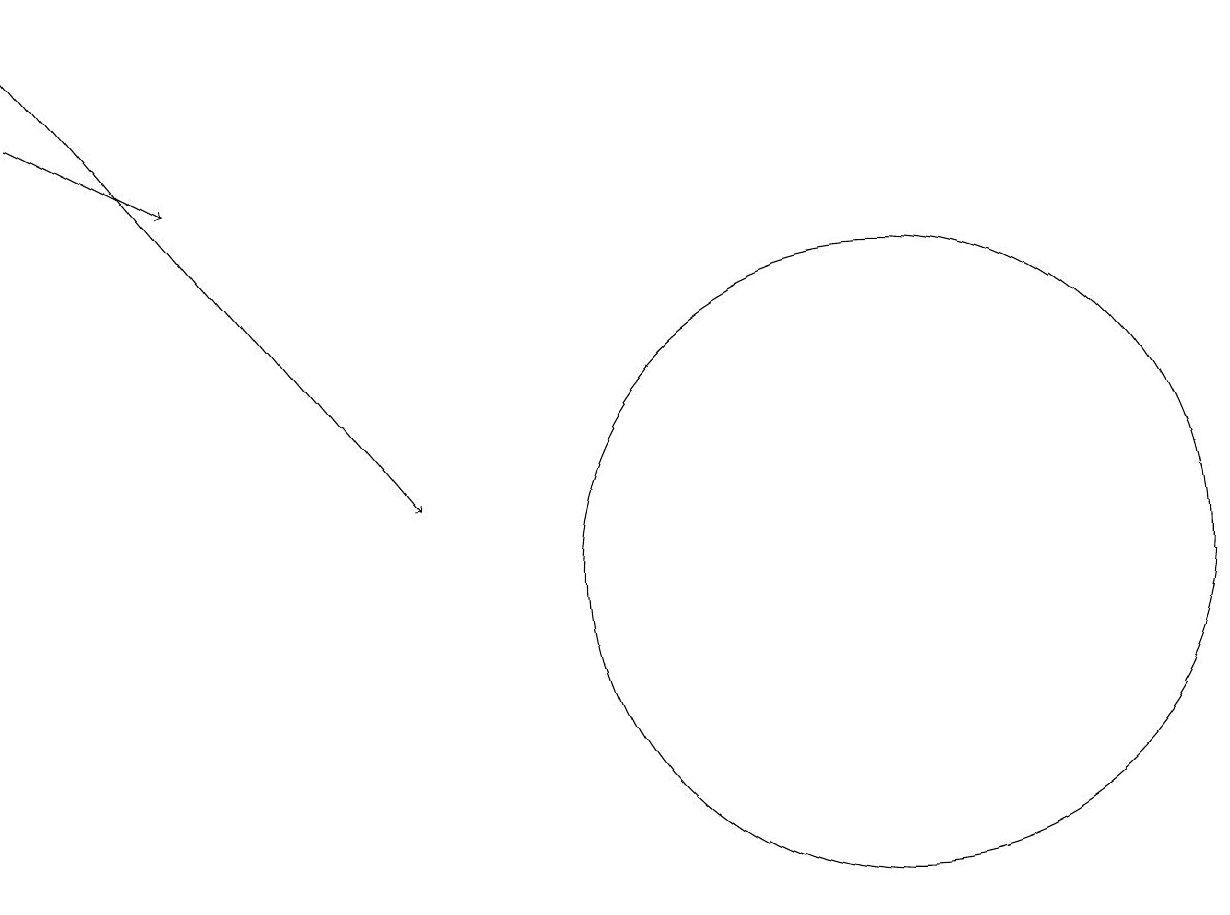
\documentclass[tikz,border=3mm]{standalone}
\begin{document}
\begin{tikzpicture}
\draw[->] (1,16) -- (3,15);
\draw[->] (1,17) -- (6,11);
\draw (12,10) circle (4);
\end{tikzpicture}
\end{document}